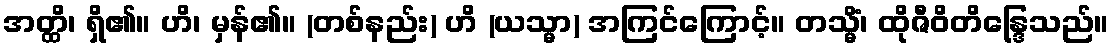
အတ္ထိ၊ ရှိ၏။ ဟိ၊ မှန်၏။ (တစ်နည်း) ဟိ (ယသ္မာ) အကြင်ကြောင့်။ တသ္မိံ၊ ထိုဇီဝိတိန္ဒြေသည်။